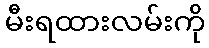
မီးရထားလမ်းကို